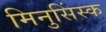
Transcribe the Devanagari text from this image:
मिनुसिंस्क